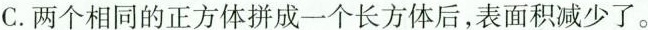
C.两个相同的正方体拼成一个长方体后，表面积减少了。